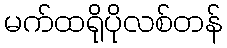
မက်ထရိုပိုလစ်တန်